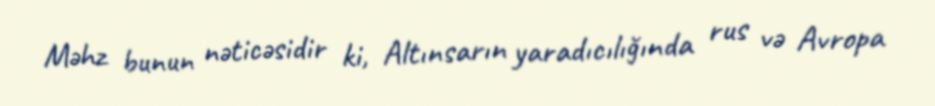
Məhz bunun nəticəsidir ki, Altınsarın yaradıcılığında rus və Avropa